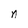
Character: n